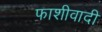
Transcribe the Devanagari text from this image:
फाशीवादी